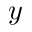
y